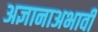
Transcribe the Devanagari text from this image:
अज्ञानाअभावी